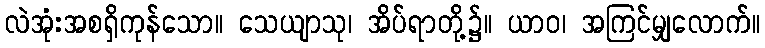
လဲအုံးအစရှိကုန်သော။ သေယျာသု၊ အိပ်ရာတို့၌။ ယာဝ၊ အကြင်မျှလောက်။